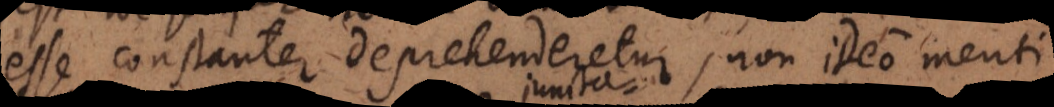
esse constanter deprehenderetur, non ideo menti